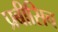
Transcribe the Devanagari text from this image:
प्रबीसिच